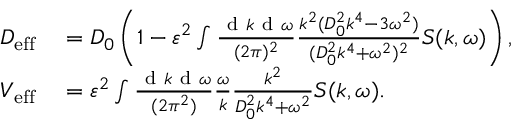
\begin{array} { r l } { D _ { \mathrm { e f f } } } & { { } = D _ { 0 } \left( 1 - \varepsilon ^ { 2 } \int \frac { \mathrm { ~ d ~ } k \mathrm { ~ d ~ } \omega } { ( 2 \pi ) ^ { 2 } } \frac { k ^ { 2 } ( D _ { 0 } ^ { 2 } k ^ { 4 } - 3 \omega ^ { 2 } ) } { ( D _ { 0 } ^ { 2 } k ^ { 4 } + \omega ^ { 2 } ) ^ { 2 } } S ( k , \omega ) \right) , } \\ { V _ { \mathrm { e f f } } } & { { } = \varepsilon ^ { 2 } \int \frac { \mathrm { ~ d ~ } k \mathrm { ~ d ~ } \omega } { ( 2 \pi ^ { 2 } ) } \frac { \omega } { k } \frac { k ^ { 2 } } { D _ { 0 } ^ { 2 } k ^ { 4 } + \omega ^ { 2 } } S ( k , \omega ) . } \end{array}